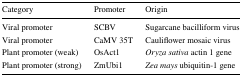
<table><thead><tr><td><b>Category</b></td><td><b>Promoter</b></td><td><b>Origin</b></td></tr></thead><tbody><tr><td>Viral promoter</td><td>SCBV</td><td>Sugarcane bacilliform virus</td></tr><tr><td>Viral promoter</td><td>CaMV 35T</td><td>Cauliflower mosaic virus</td></tr><tr><td>Plant promoter (weak)</td><td>OsAct1</td><td><i>Oryza sativa</i> actin 1 gene</td></tr><tr><td>Plant promoter (strong)</td><td>ZmUbi1</td><td><i>Zea mays</i> ubiquitin-1 gene</td></tr></tbody></table>